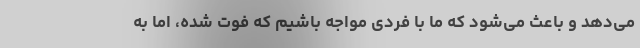
می‌دهد و باعث می‌شود که ما با فردی مواجه باشیم که فوت شده، اما به